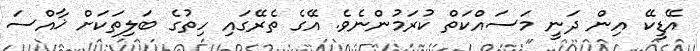
އޭޑީކޭ އިން ދަނީ މަސައްކަތް ކުރަމުންނެވެ. އޭގެ ތެރޭގައި ހިތުގެ ބަލިތަކަށް ޚާއްސަ